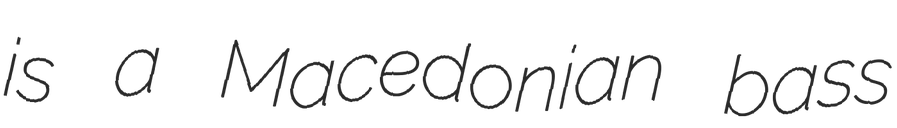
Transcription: is a Macedonian bass